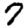
Digit: 7